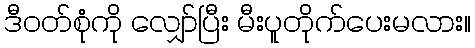
ဒီဝတ်စုံကို လျှော်ပြီး မီးပူတိုက်ပေးမလား။